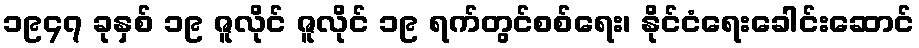
၁၉၄၇ ခုနှစ် ၁၉ ဇူလိုင် ဇူလိုင် ၁၉ ရက်တွင်စစ်ရေး၊ နိုင်ငံရေးခေါင်းဆောင်